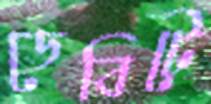
ডেবিটে